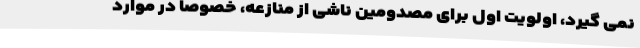
نمی گیرد، اولویت اول برای مصدومین ناشی از منازعه،‌ خصوصا در موارد